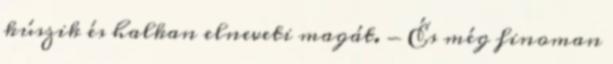
kúszik és halkan elneveti magát. - És még finoman